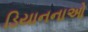
ડિયાનનાઓ